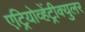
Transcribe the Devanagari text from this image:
एट्रियोव्हेंट्रीक्युलर